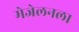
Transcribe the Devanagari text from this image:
मेजेलनला